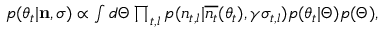
\begin{array} { r } { p ( \theta _ { t } | \mathbf { n } , \boldsymbol { \sigma } ) \propto \int d \Theta \prod _ { t , l } p ( n _ { t , l } | \overline { { n _ { t } } } ( \theta _ { t } ) , \gamma \sigma _ { t , l } ) p ( \theta _ { t } | \Theta ) p ( \Theta ) , } \end{array}